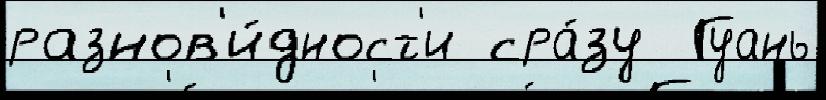
разнов'и́дност'и сра́зу  Гуань